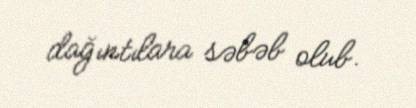
dağıntılara səbəb olub.